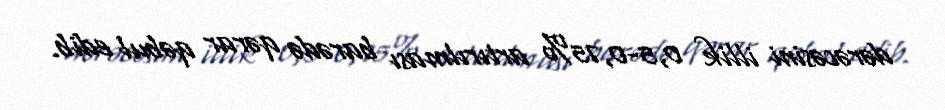
dərəcəsini illik 0,5-0,75% artırılması barədə qərar qəbul edib.